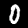
Label: 0